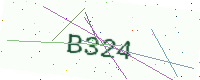
Text: B324